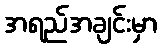
အရည်အချင်းမှာ